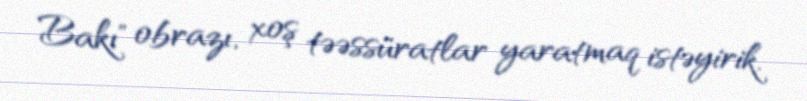
Bakı" obrazı, xoş təəssüratlar yaratmaq istəyirik.